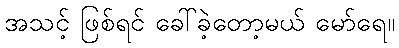
အသင့် ဖြစ်ရင် ခေါ်ခဲ့တော့မယ် မော်ရေ။